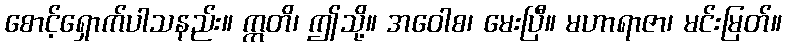
စောင့်ရှောက်ပါသနည်း။ ဣတိ၊ ဤသို့။ အဝေါစ၊ မေးပြီ။ မဟာရာဇာ၊ မင်းမြတ်။